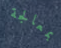
بمعالجة